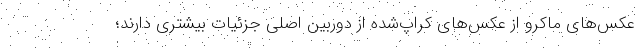
عکس‌های ماکرو از عکس‌های کراپ‌شده از دوربین اصلی جزئیات بیشتری دارند؛